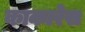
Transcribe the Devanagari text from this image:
काकारेस